Problem: 9 × 2 = ?
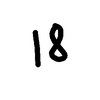
Handwritten answer: 18